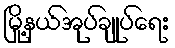
မြို့နယ်အုပ်ချုပ်ရေး